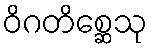
ဝိဂတိစ္ဆေသု